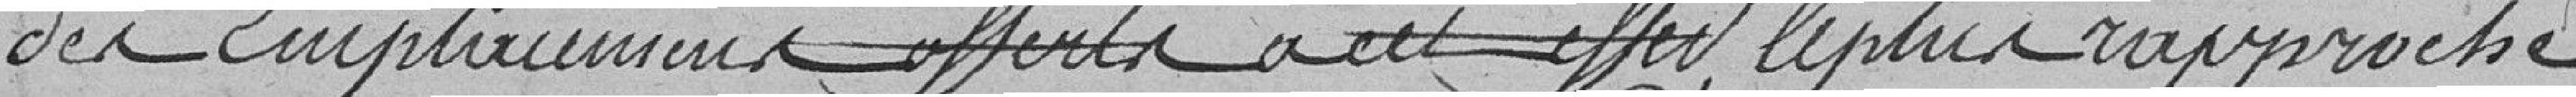
des emplacements offerts à cet effet le plus rapproché